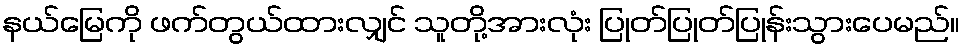
နယ်မြေကို ဖက်တွယ်ထားလျှင် သူတို့အားလုံး ပြုတ်ပြုတ်ပြုန်းသွားပေမည်။